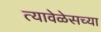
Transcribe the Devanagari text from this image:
त्यावेळेसच्या